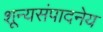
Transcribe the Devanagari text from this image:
शून्यसंपादनेय